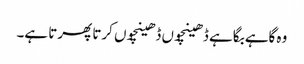
وہ گاہے بگاہے ڈھینچوں ڈھینچوں کرتا پھرتا ہے۔